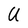
Character: U